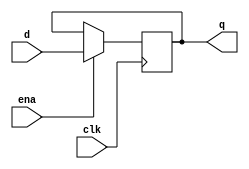
// This program was cloned from: https://github.com/RomeoMe5/DDLM
// License: MIT License

module register
#(
    parameter SIZE = 4
)
(
    input                          ena, 
    input                          clk,
    input      [SIZE - 1 : 0]      d,
    output reg [SIZE - 1 : 0]      q
);
    always @ (posedge clk)
	if (ena) 
            q <= d;
endmodule    

module lab7_1
#(
	parameter DATA_WIDTH=4, 
	parameter ADDR_WIDTH=2
)
(
    input                          clk,
    input      [6:0]               SW,
    output     [3:0]               LEDR
);

	reg        [3:0]               w_we;          //DC output for write enable
	reg        [3:0]               mux_out;       //mux out 
	wire	   [(DATA_WIDTH-1):0]  reg0;          //output register 0
	wire	   [(DATA_WIDTH-1):0]  reg1;          //output register 1
	wire	   [(DATA_WIDTH-1):0]  reg2;          //output register 2
	wire	   [(DATA_WIDTH-1):0]  reg3;          //output register 3
	
	// DC
	always @(SW[6:4])
		begin
			if (SW[6]) 
				case (SW[5:4])
					2'b00    :    w_we = 4'b0001;
					2'b01    :    w_we = 4'b0010;
					2'b10    :    w_we = 4'b0100;
					2'b11    :    w_we = 4'b1000;
					default	 :    w_we = 4'b0000;
				endcase
			else 
				w_we = 4'b0000;
		end
	
	//mux
	always @*
    case (SW[5:4])
        2'b00    :    mux_out = reg0;
        2'b01    :    mux_out = reg1;
        2'b10    :    mux_out = reg2; 
        2'b11    :    mux_out = reg3;
		default	 :    mux_out = 4'b0000;
    endcase

	assign LEDR = mux_out;
	
	register #(4) register0 (.ena(w_we[0]), .clk(clk), .d(SW[3:0]), .q(reg0));
	register #(4) register1 (.ena(w_we[1]), .clk(clk), .d(SW[3:0]), .q(reg1));
	register #(4) register2 (.ena(w_we[2]), .clk(clk), .d(SW[3:0]), .q(reg2));
	register #(4) register3 (.ena(w_we[3]), .clk(clk), .d(SW[3:0]), .q(reg3));
	
	
endmodule